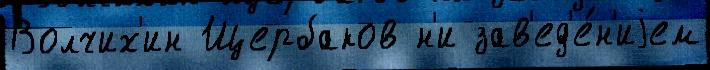
Волчих'ин Щербаков н'и зав'ед'е́н'иjем